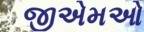
જીએમઓ